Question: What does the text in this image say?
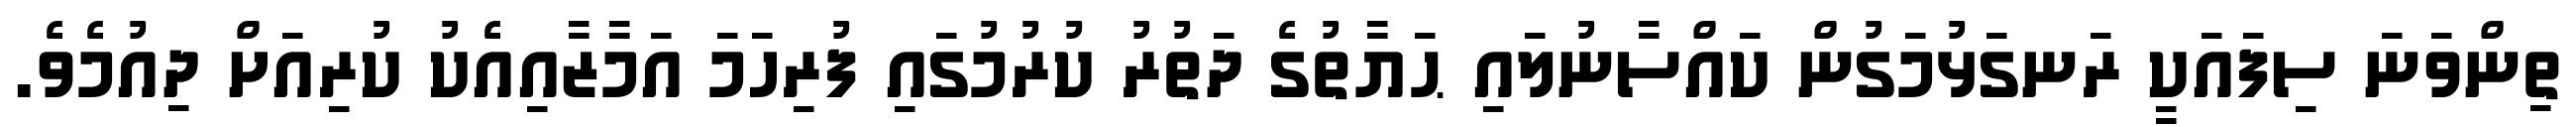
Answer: ތިންވަނަ ސިފައަކީ ރަނގަޅުމަގުން ކައްސާނުލައި ޙަޔާތުގެ ދަތުރު ކުރުމުގައި ފުރިހަމަ އަމާޒާއިއެކު ކުރިއަށް ދިއުމެވެ.